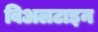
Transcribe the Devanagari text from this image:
बिअलटाइन